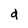
Character: d